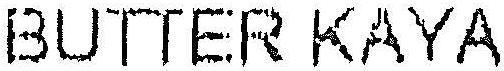
BUTTER KAYA